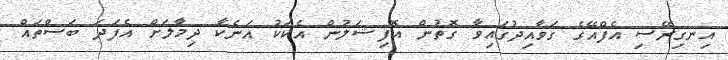
އިނގިރޭސި އެފްއޭގެ ގަވާއިދުގައިވާ ގޮތުން އޮފިޝަލުން އެކަކު އަނެކާ ދިމާލަށް އެފަދަ ބަސްތައް